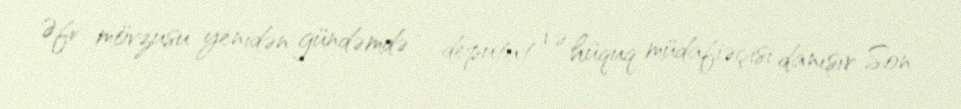
Əfv mövzusu yenidən gündəmdə - deputat və hüquq müdafiəçisi danışır Son